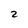
Character: 2